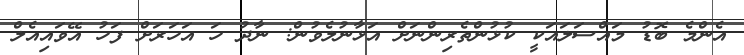
އެންމެ ބޮޑު މައްސަލައަކީ ކުޅުންތެރިންނަށް އަޅާނުލެވުން: ނާދު ހަ އަހަރަށް ފަހު އޭވައިއެލް